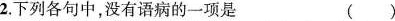
2.下列各句中，没有语病的一项是 ()